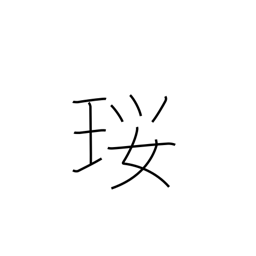
Meaning: a necklace made of precious stones